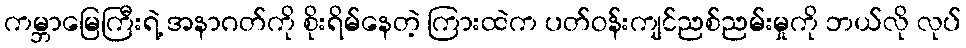
ကမ္ဘာမြေကြီးရဲ့ အနာဂတ်ကို စိုးရိမ်နေတဲ့ ကြားထဲက ပတ်ဝန်းကျင်ညစ်ညမ်းမှုကို ဘယ်လို လုပ်